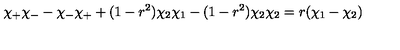
\chi _ { + } \chi _ { - } - \chi _ { - } \chi _ { + } + ( 1 - r ^ { 2 } ) \chi _ { 2 } \chi _ { 1 } - ( 1 - r ^ { 2 } ) \chi _ { 2 } \chi _ { 2 } = r ( \chi _ { 1 } - \chi _ { 2 } )